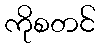
ကိုစတင်